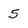
Character: 5